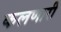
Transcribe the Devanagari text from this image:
कलणारी